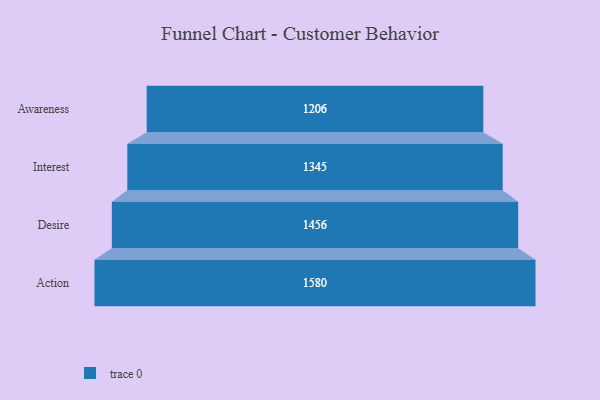
{"axis": {"x": "Stage", "y": "Value"}, "legend": [""], "data": [{"x": "Awareness", "y": 1206.0, "type": ""}, {"x": "Interest", "y": 1345.0, "type": ""}, {"x": "Desire", "y": 1456.0, "type": ""}, {"x": "Action", "y": 1580.0, "type": ""}]}